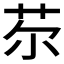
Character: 𦬼